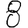
Digit: 8